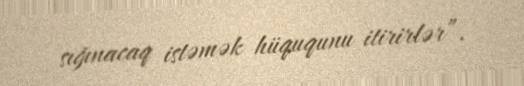
sığınacaq istəmək hüququnu itirirlər”.